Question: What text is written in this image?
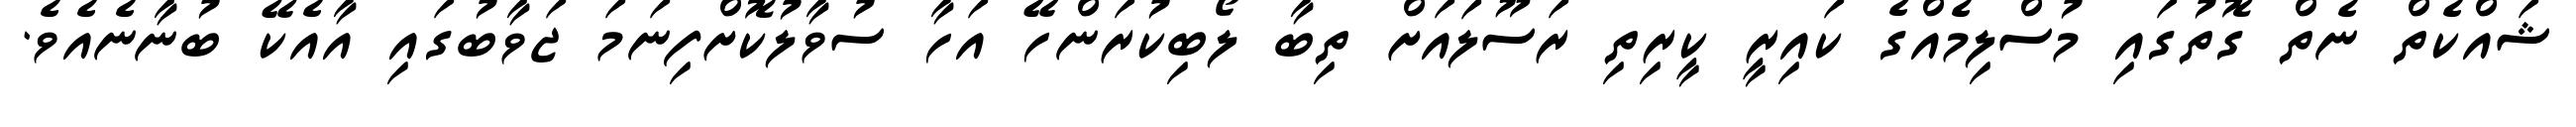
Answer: ޝައްކެތް ނެތް ގޮތުގައި މުސްލިމެއްގެ ކައިރީ ކީރިތި ރަސޫލައަށް ތިބާ ލޯބިކުރަންހޭ އަހާ ސުވާލުކޮށްފިނަމަ ޖަވާބުގައި އާއެކޭ ބުނާނެއެވެ.